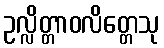
ဥလ္လိတ္တာဝလိတ္တေသု